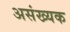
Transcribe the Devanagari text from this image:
असंख्यक